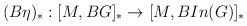
\begin{align*}(B\eta)_{\ast} : [M, BG]_{\ast}\rightarrow [M, BIn(G)]_{\ast}\end{align*}